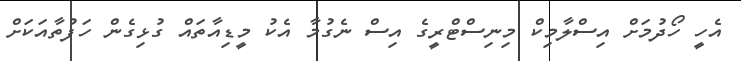
އެހީ ހޯދުމަށް އިސްލާމިކް މިނިސްޓްރީގެ އިސް ނެގުމާ އެކު މީޑިއާތައް ގުޅިގެން ހަފުތާއަކަށް